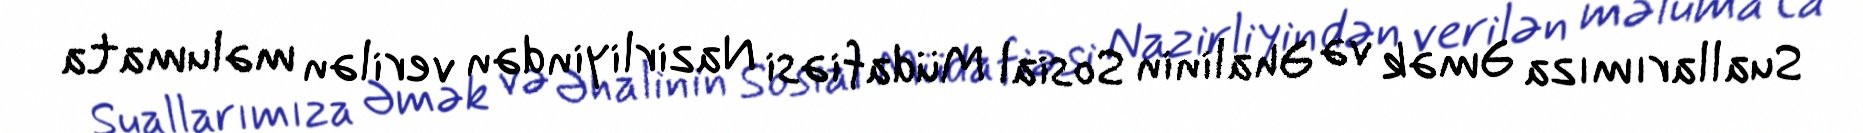
Suallarımıza Əmək və Əhalinin Sosial Müdafiəsi Nazirliyindən verilən məlumata